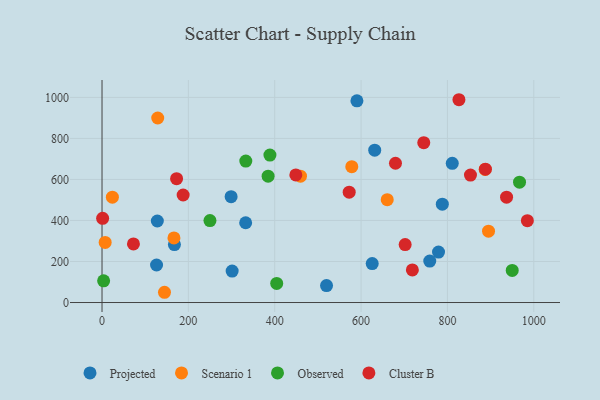
{"axis": {"x": "Speed", "y": "Sales"}, "legend": ["Cluster B", "Observed", "Projected", "Scenario 1"], "data": [{"x": "779.4", "y": 246.1, "type": "Projected"}, {"x": "520.0", "y": 82.9, "type": "Projected"}, {"x": "631.6", "y": 742.5, "type": "Projected"}, {"x": "759.1", "y": 201.9, "type": "Projected"}, {"x": "167.7", "y": 282.3, "type": "Projected"}, {"x": "126.3", "y": 182.9, "type": "Projected"}, {"x": "811.2", "y": 678.8, "type": "Projected"}, {"x": "299.0", "y": 515.8, "type": "Projected"}, {"x": "788.2", "y": 479.4, "type": "Projected"}, {"x": "625.8", "y": 189.8, "type": "Projected"}, {"x": "301.4", "y": 153.2, "type": "Projected"}, {"x": "332.7", "y": 388.9, "type": "Projected"}, {"x": "128.1", "y": 397.5, "type": "Projected"}, {"x": "590.4", "y": 983.3, "type": "Projected"}, {"x": "660.6", "y": 501.6, "type": "Scenario 1"}, {"x": "144.7", "y": 50.0, "type": "Scenario 1"}, {"x": "166.6", "y": 315.0, "type": "Scenario 1"}, {"x": "887.4", "y": 648.8, "type": "Scenario 1"}, {"x": "578.5", "y": 662.1, "type": "Scenario 1"}, {"x": "129.0", "y": 899.4, "type": "Scenario 1"}, {"x": "459.7", "y": 615.7, "type": "Scenario 1"}, {"x": "895.2", "y": 347.6, "type": "Scenario 1"}, {"x": "24.0", "y": 513.5, "type": "Scenario 1"}, {"x": "7.3", "y": 293.2, "type": "Scenario 1"}, {"x": "250.0", "y": 399.5, "type": "Observed"}, {"x": "967.0", "y": 586.5, "type": "Observed"}, {"x": "388.9", "y": 718.8, "type": "Observed"}, {"x": "384.7", "y": 616.1, "type": "Observed"}, {"x": "333.0", "y": 689.7, "type": "Observed"}, {"x": "3.7", "y": 105.8, "type": "Observed"}, {"x": "404.6", "y": 93.2, "type": "Observed"}, {"x": "950.1", "y": 156.6, "type": "Observed"}, {"x": "679.7", "y": 678.9, "type": "Cluster B"}, {"x": "172.7", "y": 603.9, "type": "Cluster B"}, {"x": "826.7", "y": 988.6, "type": "Cluster B"}, {"x": "718.8", "y": 158.8, "type": "Cluster B"}, {"x": "937.0", "y": 513.5, "type": "Cluster B"}, {"x": "702.1", "y": 282.4, "type": "Cluster B"}, {"x": "745.2", "y": 779.1, "type": "Cluster B"}, {"x": "187.9", "y": 524.2, "type": "Cluster B"}, {"x": "985.2", "y": 398.9, "type": "Cluster B"}, {"x": "1.4", "y": 410.7, "type": "Cluster B"}, {"x": "448.9", "y": 621.8, "type": "Cluster B"}, {"x": "853.4", "y": 621.1, "type": "Cluster B"}, {"x": "72.8", "y": 285.9, "type": "Cluster B"}, {"x": "888.0", "y": 649.9, "type": "Cluster B"}, {"x": "572.5", "y": 537.9, "type": "Cluster B"}]}